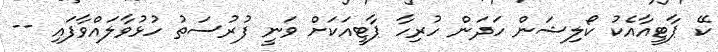
ކޭ ޕާޓީއާއެކު ކޯލިޝަން ހަދަން ހުރިހާ ޕާޓީއަކަށް ވަނީ ފުރުސަތު ހުޅުވާލައްވާފައި --